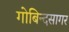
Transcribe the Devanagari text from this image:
गोबिन्‍दसागर